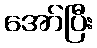
အော်ပြီး